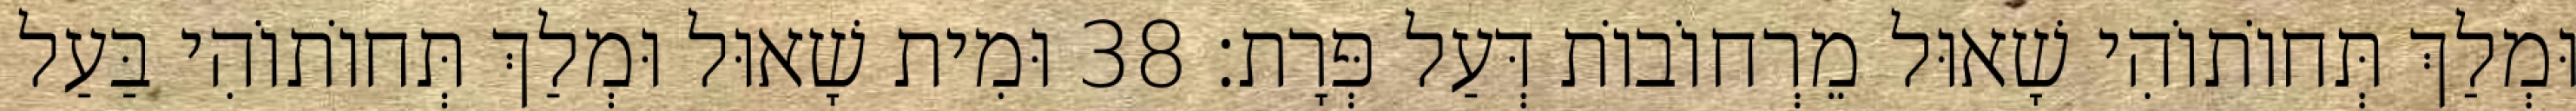
וּמְלַךְ תְּחוֹתוֹהִי שָׁאוּל מֵרְחוֹבוֹת דְּעַל פְּרָת׃ 38 וּמִית שָׁאוּל וּמְלַךְ תְּחוֹתוֹהִי בַּעַל